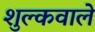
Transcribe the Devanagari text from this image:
शुल्कवाले